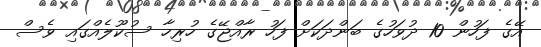
އޭގެ ފަހުން 10 ދުވަހުގެ ބަންދަކަށް ފަހު ރާއްޖޭގެ ހުރިހާ ސުކޫލެއްގައި ވެސް